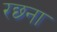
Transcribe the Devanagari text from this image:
रछ्ना